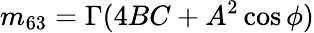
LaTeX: m_{63}=\Gamma(4BC+A^{2}\cos\phi)